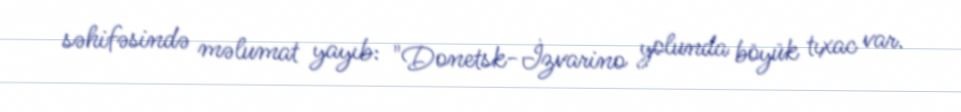
səhifəsində məlumat yayıb: "Donetsk-İzvarino yolunda böyük tıxac var.